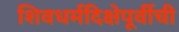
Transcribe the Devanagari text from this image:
शिवधर्मदिक्षेपूर्वीची